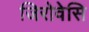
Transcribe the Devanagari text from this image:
जिरोवेसि